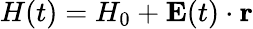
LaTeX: {H}(t)=H_{0}+\mathbf{E}(t)\cdot\mathbf{r}